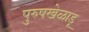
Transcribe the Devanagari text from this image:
पुरुषखेळाडू